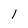
Character: l